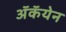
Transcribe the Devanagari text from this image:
अॅकॅयेन